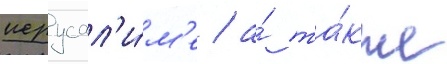
иерусал'и́м'е / а́ та́кже